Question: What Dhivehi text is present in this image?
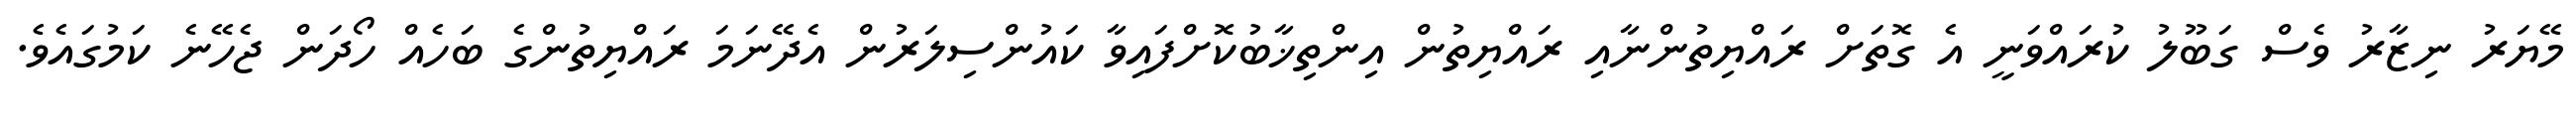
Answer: މޭޔަރު ނިޒާރު ވެސް ގަބޫލު ކުރައްވަނީ އެ ގޮތަށް ރައްޔިތުންނާއި ރައްޔިތުން އިންތިޚާބުކޮށްފައިވާ ކައުންސިލަރުން އެދޭނަމަ ރައްޔިތުންގެ ބަހެއް ހޯދަން ޖެހޭނެ ކަމުގައެވެ.